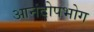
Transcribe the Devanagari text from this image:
आनंदोपभोग